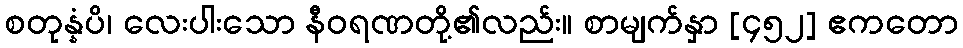
စတုန္နံပိ၊ လေးပါးသော နီဝရဏတို့၏လည်း။ စာမျက်နှာ [၄၅၂] ဧကတော